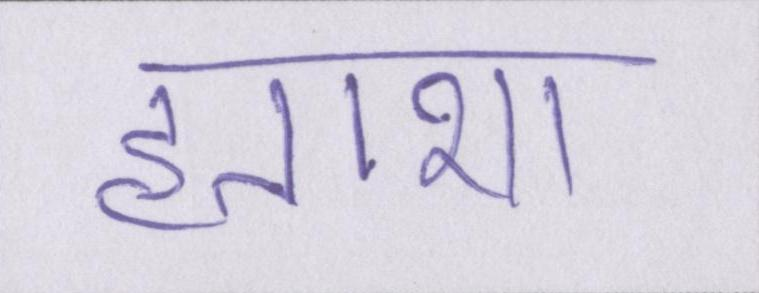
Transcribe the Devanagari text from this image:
हताशा